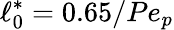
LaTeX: \ell_{0}^{\ast}=0.65/Pe_{p}